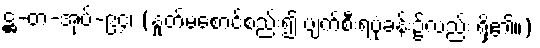
ဋ္ဌ-တ-အုပ်-၉၄၊ (နှုတ်မစောင့်စည်း၍ ပျက်စီးရပုံခန်း၌လည်း ရှိ၏။)